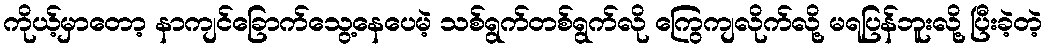
ကိုယ့်မှာတော့ နာကျင်ခြောက်သွေ့နေပေမဲ့ သစ်ရွက်တစ်ရွက်လို ကြွေကျလိုက်လို့ မရပြန်ဘူးလို့ ပြီးခဲ့တဲ့